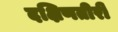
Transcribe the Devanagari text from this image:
दक्षिणतीरी